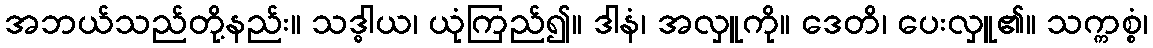
အဘယ်သည်တို့နည်း။ သဒ္ဓါယ၊ ယုံကြည်၍။ ဒါနံ၊ အလှူကို။ ဒေတိ၊ ပေးလှူ၏။ သက္ကစ္စံ၊